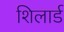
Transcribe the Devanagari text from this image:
शिलार्ड